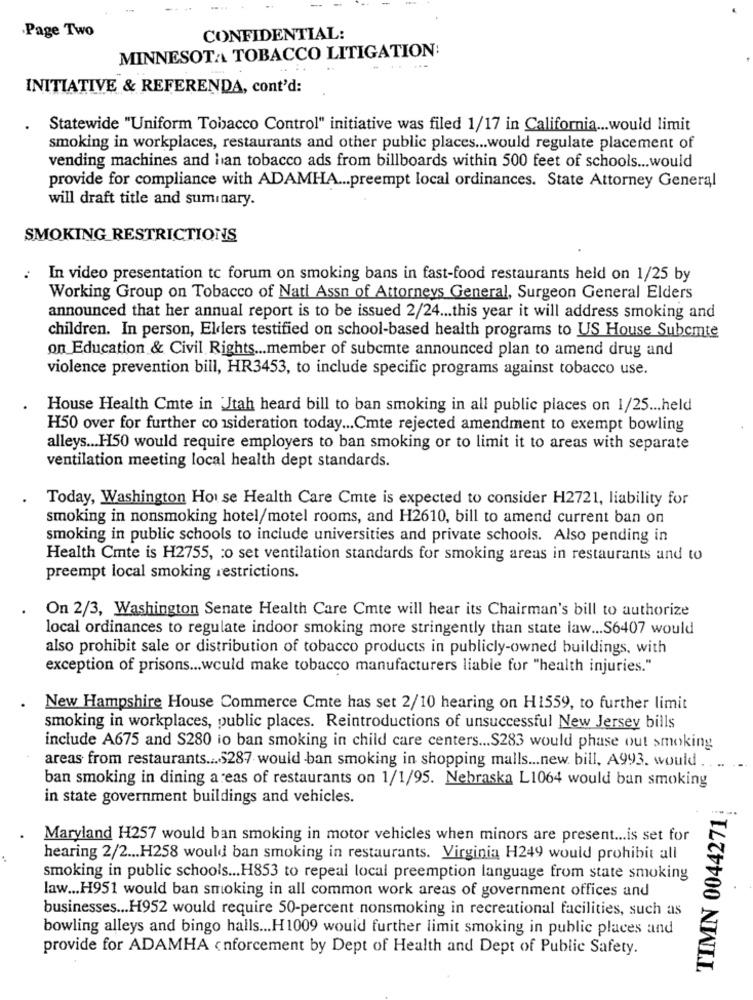
·Page Two
CONFIDENTIAL:
MINNESOTAA TOBACCO LITIGATION:
INITIATIVE & REFERENDA, cont'd:
Statewide "Uniform Tobacco Control" initiative was filed 1/17 in California ... would limit
smoking in workplaces, restaurants and other public places ... would regulate placement of
vending machines and lan tobacco ads from billboards within 500 feet of schools ... would
provide for compliance with ADAMHA ... preempt local ordinances. State Attorney General
will draft title and suminary.
SMOKING RESTRICTIONS
: In video presentation tc forum on smoking bans in fast-food restaurants held on 1/25 by
Working Group on Tobacco of Nati Assn of Attorneys General, Surgeon General Elders
announced that her annual report is to be issued 2/24 ... this year it will address smoking and
children. In person, Elders testified on school-based health programs to US House Subemte
on Education & Civil Rights ... member of subemte announced plan to amend drug and
violence prevention bill, HR3453, to include specific programs against tobacco use.
House Health Cmte in 'Jtah heard bill to ban smoking in all public places on 1/25 ... held
H50 over for further co isideration today ... Cmte rejected amendment to exempt bowling
alleys ... H50 would require employers to ban smoking or to limit it to areas with separate
ventilation meeting local health dept standards.
Today, Washington House Health Care Cmte is expected to consider H2721, liability for
smoking in nonsmoking hotel/motel rooms, and H2610, bill to amend current ban on
smoking in public schools to include universities and private schools. Also pending in
Health Cmte is H2755, : o set ventilation standards for smoking areas in restaurants and to
preempt local smoking restrictions.
On 2/3, Washington Senate Health Care Cmte will hear its Chairman's bill to authorize
local ordinances to regulate indoor smoking more stringently than state law ... S6407 would
also prohibit sale or distribution of tobacco products in publicly-owned buildings, with
exception of prisons ... would make tobacco manufacturers liable for "health injuries."
New Hampshire House Commerce Cmte has set 2/10 hearing on H1559, to further limit
smoking in workplaces, public places. Reintroductions of unsuccessful New Jersey bills
include A675 and S280 io ban smoking in child care centers ... S283 would phase out smoking
areas from restaurants ... $287 would ban smoking in shopping malls ... new. bill, A993. would ...
ban smoking in dining areas of restaurants on 1/1/95. Nebraska L1064 would ban smoking
in state government buildings and vehicles.
TIMN 0044271
Maryland H257 would ban smoking in motor vehicles when minors are present ... is set for
hearing 2/2 ... H258 would ban smoking in restaurants. Virginia H249 would prohibit all
smoking in public schools ... H853 to repeal local preemption language from state smoking
law ... H951 would ban smoking in all common work areas of government offices and
businesses ... H952 would require 50-percent nonsmoking in recreational facilities, such as
bowling alleys and bingo halls ... H1009 would further limit smoking in public places and
provide for ADAMHA enforcement by Dept of Health and Dept of Public Safety.